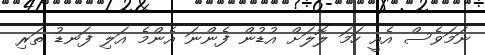
ނަމަވެސް އެއީ ހަމަ ލޮލަށް އުޑުން ފެންނަ އެންމެ އަލި ފަނޑު ތަރި